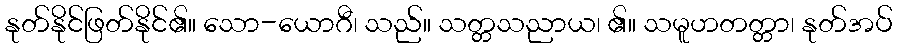
နုတ်နိုင်ဖြတ်နိုင်၏။ သော-ယောဂီ၊ သည်။ သတ္တသညာယ၊ ၏။ သမူဟတတ္တာ၊ နုတ်အပ်